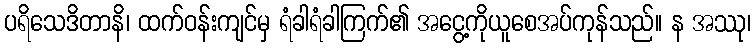
ပရိသေဒိတာနိ၊ ထက်ဝန်းကျင်မှ ရံခါရံခါကြက်၏ အငွေ့ကိုယူစေအပ်ကုန်သည်။ န အဿု၊